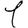
Digit: 1